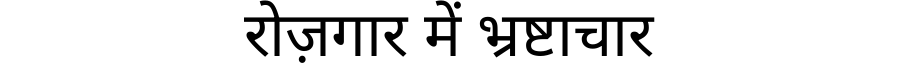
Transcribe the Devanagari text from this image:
रोज़गार में भ्रष्टाचार